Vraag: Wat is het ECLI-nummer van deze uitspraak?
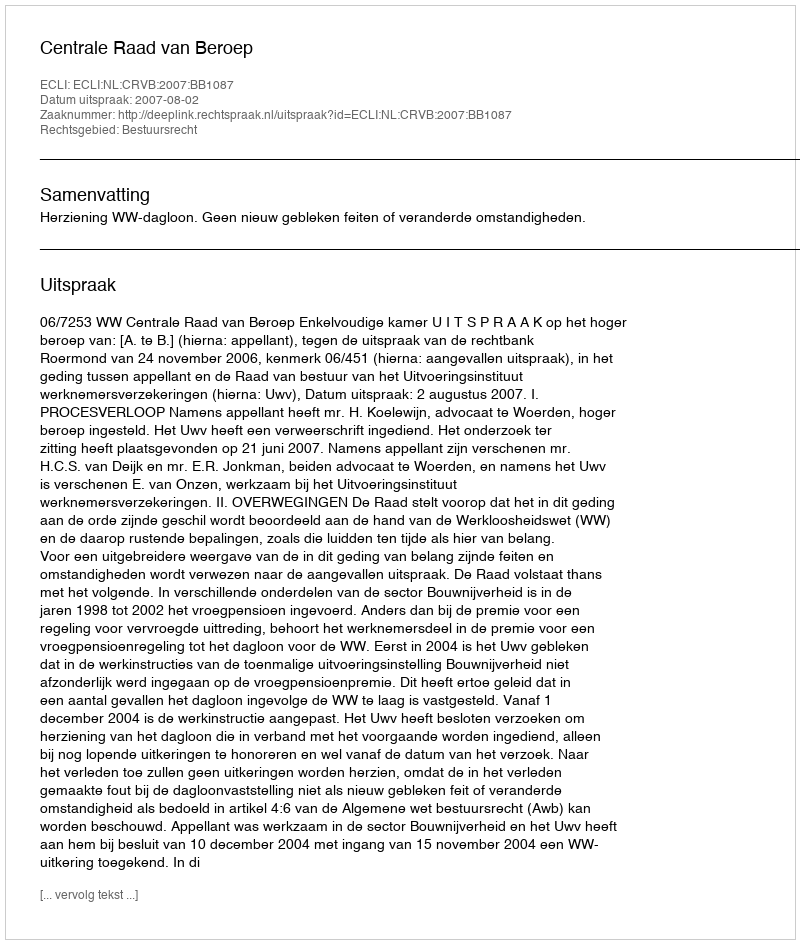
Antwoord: ECLI:NL:CRVB:2007:BB1087